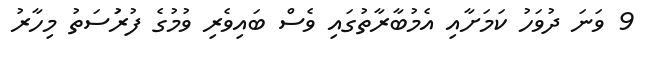
9 ވަނަ ދުވަހު ކަމަށާއި އެމުބާރާތުގައި ވެސް ބައިވެރި ވުމުގެ ފުރުަސަތު މިހާރު